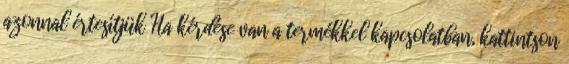
azonnal értesítjük Ha kérdése van a termékkel kapcsolatban, kattintson